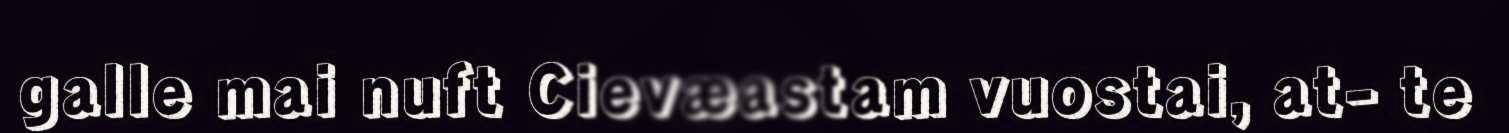
galle mai nuft Cievæastam vuostai, at- te